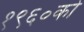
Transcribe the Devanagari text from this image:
१९६०को